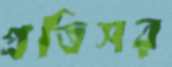
প্রতিসর